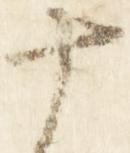
十